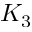
K _ { 3 }